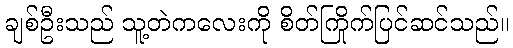
ချစ်ဦးသည် သူ့တဲကလေးကို စိတ်ကြိုက်ပြင်ဆင်သည်။